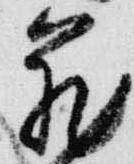
蔵